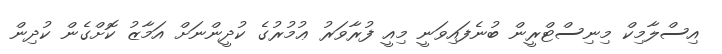
އިސްލާމިކް މިނިސްޓްރީން ބުނެފައިވަނީ މިއީ ފުރާވަރު ޢުމުރުގެ ކުދީންނަށް އަމާޒު ކޮށްގެން ކުދިން